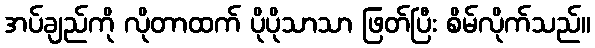
အပ်ချည်ကို လိုတာထက် ပိုပိုသာသာ ဖြတ်ပြီး စိမ်လိုက်သည်။